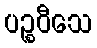
ပဉ္စဝီသေ